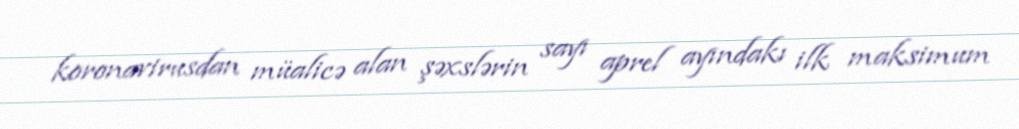
koronavirusdan müalicə alan şəxslərin sayı aprel ayındakı ilk maksimum